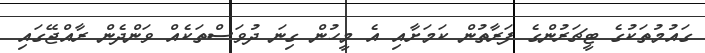
ގައުމުތަކުގެ ޓީޗަރުންގެ ފަރާތުން ކަމަށާއި އެ މީހުން ގިނަ ދުވަސްތަކެއް ވަންދެން ރާއްޖޭގައި